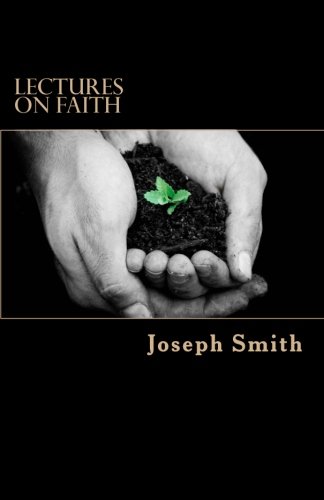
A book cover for Lectures on Faith; Joseph Smith Jr; Christian Books & Bibles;